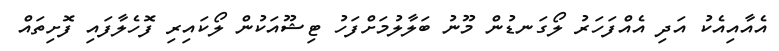
އެއާއިއެކު އަދި އެއްފަހަރު ލޯގަނޑުން މޫނު ބަލާލުމަށްފަހު ޓިޝޫއަކުން ލޯކައިރި ފޮހެލާފައި ފޮށިތައް